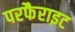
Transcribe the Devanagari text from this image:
परफैराइट